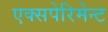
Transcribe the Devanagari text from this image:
एक्सपेरिमेन्ट